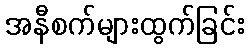
အနီစက်များထွက်ခြင်း